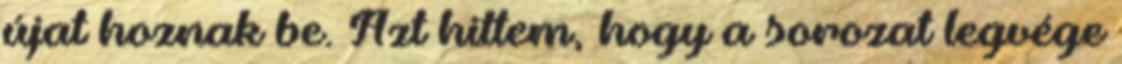
újat hoznak be. Azt hittem, hogy a sorozat legvége